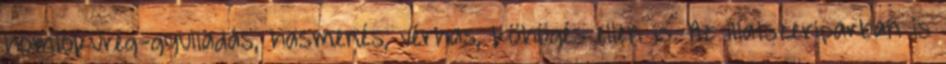
homloküreg-gyulladás, hasmenés, vérhas, köhögés ellen is. Az illatszeriparban is